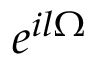
e ^ { i l \Omega }